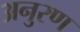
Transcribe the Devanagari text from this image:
अनुरण